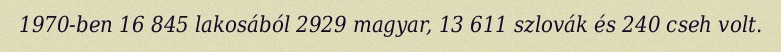
1970-ben 16 845 lakosából 2929 magyar, 13 611 szlovák és 240 cseh volt.